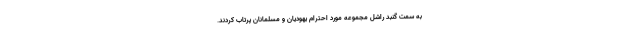
به سمت گنبد راشل مجموعه مورد احترام یهودیان و مسلمانان پرتاب کردند.